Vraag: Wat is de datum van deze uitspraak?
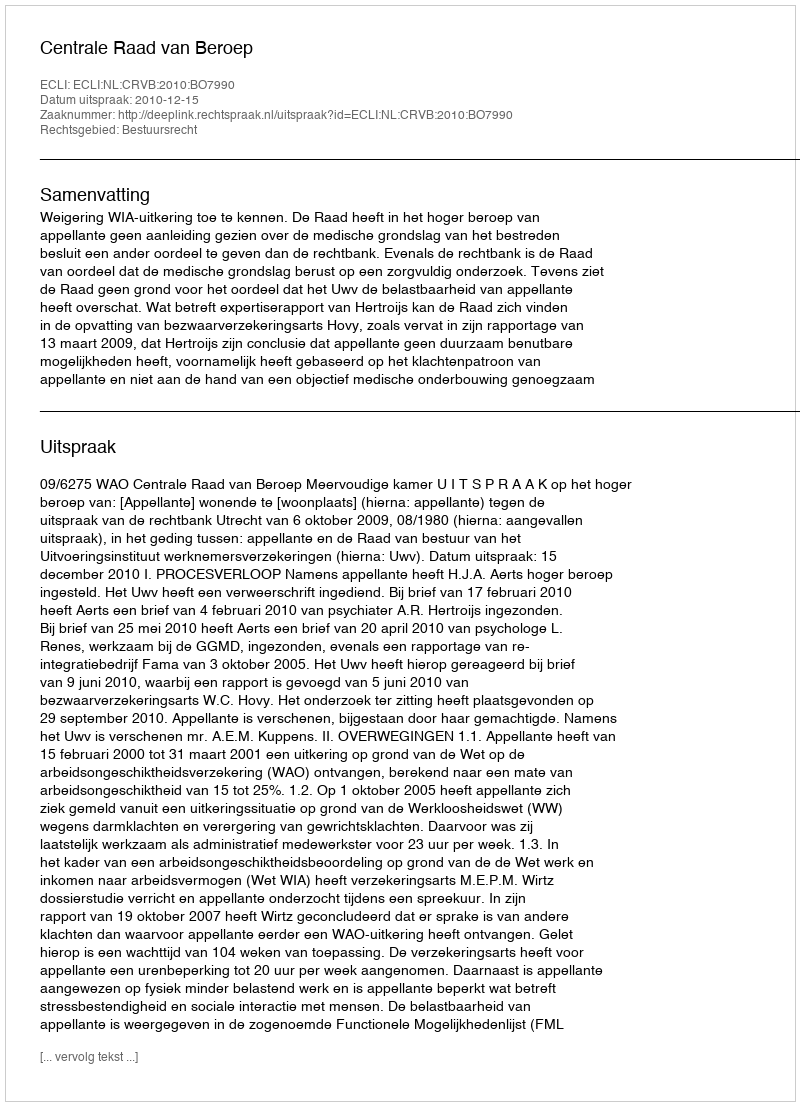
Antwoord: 2010-12-15